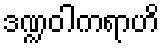
ဒဏ္ဍဝါကရာဟိ